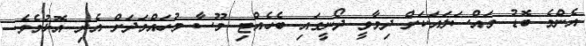
އެންމެ ބޮޑު މައްސަލައަކަށް ދިމާވީ ދޯނީގައި ބެހެއްޓި މޫސާ މުހައްމަދަށް އެރި އޮޅުމެވެ.